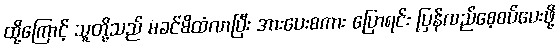
ထို့ကြောင့် သူတို့သည် မခင်မိထံလာပြီး အားပေးစကား ပြောရင်း ပြန်လည်စေ့စပ်ပေးဖို့